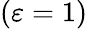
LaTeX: (\varepsilon=1)